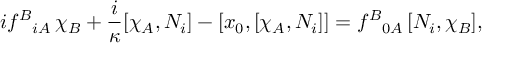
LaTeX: i f ^ { B } { } _ { i A } \, \chi _ { B } + \frac { i } \kappa [ \chi _ { A } , N _ { i } ] - [ x _ { 0 } , [ \chi _ { A } , N _ { i } ] ] = f ^ { B } { } _ { 0 A } \, [ N _ { i } , \chi _ { B } ] ,